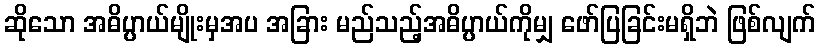
ဆိုသော အဓိပ္ပာယ်မျိုးမှအပ အခြား မည်သည့်အဓိပ္ပာယ်ကိုမျှ ဖော်ပြခြင်းမရှိဘဲ ဖြစ်လျက်